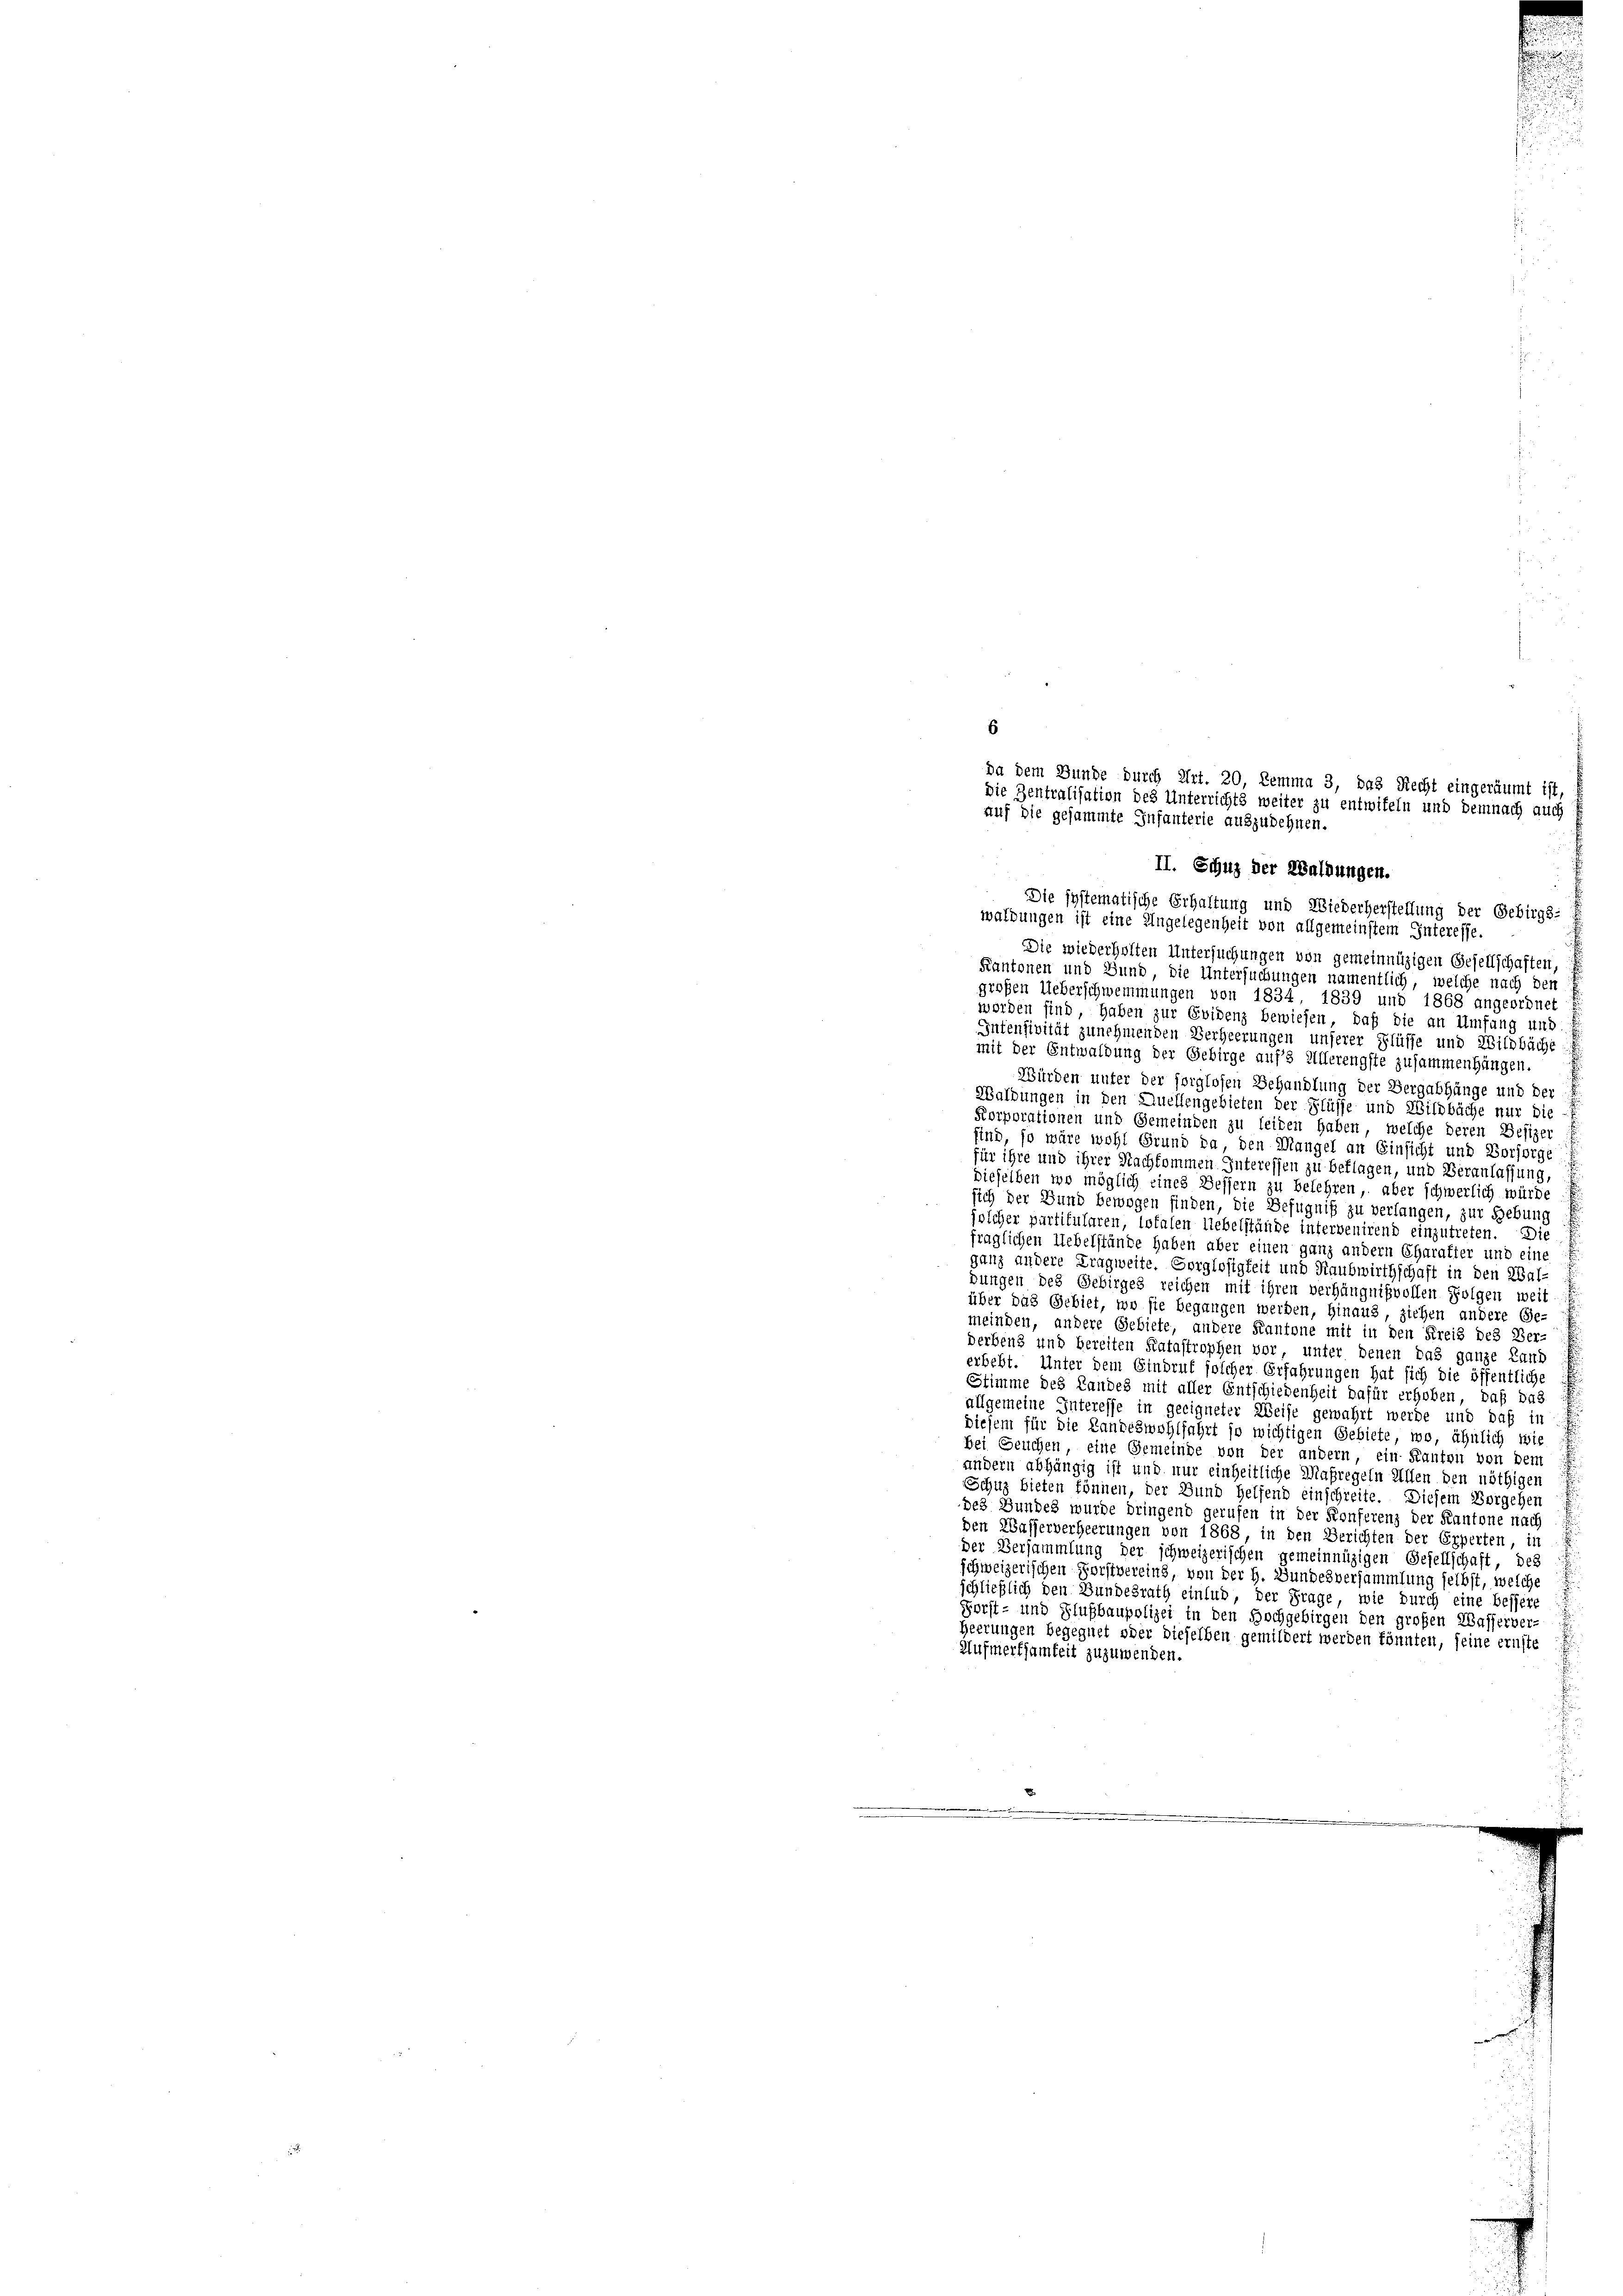
6
Da dem Bunde durch Art. 20, Zemma 3, das Recht eingeräumt ist
Die Zentralisation des Unterrichts weiter zu entwifeln und demnach auch
auf die gesammte Infanterie auszudehnen.

II. Schuz der Waldungen.
Die systematische Erhaltung und Wiederherstellung der Gebirgs-
waldungen ist eine Angelegenheit von allgemeinstem Interesse
Die wiederholten Untersuchungen von gemeinnüzigen Gesellschaften,
Kantonen und Bund, die Untersuchungen namentlich, welche nach den
großen Ueberschwemmungen von 1834, 1839 und 1868 angeordnet
werden sind haben zur Evidenz bewiesen, daß die an Umfang und
Intensivität zunehmenden Verheerungen unserer Flüsse und Wildbäche
mit der Entwaldung der Gebirge aufs Ullerengste zusammenhängen
Würden unter der sorglosen Behandlung der Bergabhänge und der
Walbungen in den Quellengebieten der Flüsse und Wildbäche nur die-
Korporationen und Gemeinden zu leiden haben, welche deren Besizer
find, so wäre wohl Grund da, den Mangel an Einsicht und Vorsorge
für ihre und ihrer Nachkommen Interessen zu beflagen, und Veranlassung,
dieselben wo möglich eines Bessern zu belehren, aber schwerlich würde
sich der Bund bewogen finden, die Befugniß zu verlangen, zur Gebung
jolcher partikularen, lofalen liebelstände intervenirend einzutreten. Die
fraglichen Uebelstände haben aber einen ganz andern Charatier und eine
ganz andere Tragweite. Sorglosigkeit und Raubwirthschaft in den Zal-
gungen des Gebirges reichen mit ihren verhängnißvollen Folgen weit
über das Gebiet, wo sie begangen werden, hinaus, ziehen andere Ge-
meinden, andere Gebiete, andere Kantone mit in den Kreis des Ber-
derbens und bereiten Katastrophen vor, unter denen das ganze Land
erbebt. Unter dem Etudruf solcher Erfahrungen hat sich die öffentliche
Stimme des Landes mit aller Entschiedenheit dafür erhoben, daß das
allgemeine Interesse in geeigneter Weise gewahrt werde und daß in
diesem für die Landeswohlfahrt so wichtigen Gebiete, wo, ähnlich wie
bei Seuchen, eine Gemeinde von der andern, ein Kanton von dem
andern abhängig ist und nur einheitliche Maßregeln Allen den nöthigen
Schuz bieten können, der Bund helfend einschreite. Diesem Vorgehen
des Bundes wurde dringend gerufen in der Konferenz der Kantone nach
den Wasserverheerungen von 1868, in den Berichten der Erperten in
der Versammlung der schweizerischen gemeinnüzigen Gesellschaft, des
schweizerischen Forstvereins, von der H. Bundesversammlung selbst, welche
schließlich den Bundesrath einlud, der Frage, wie durch eine bessere
Forst- und Flußbaupolizei in den Hochgebirgen den großen Wasserver
Heerungen begegnet oder dieselben gemildert werden könnten, seine ernste
Aufmerksamkeit zuzuwenden.